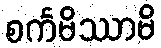
စင်္ကမိဿာမိ